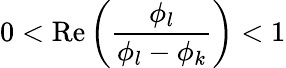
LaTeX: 0<\mathrm{Re}\left(\frac{\phi_{l}}{\phi_{l}-\phi_{k}}\right)<1